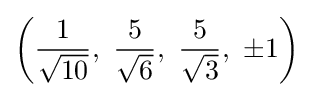
\left({\frac {1}{\sqrt {10}}},\ {\frac {5}{\sqrt {6}}},\ {\frac {5}{\sqrt {3}}},\ \pm 1\right)